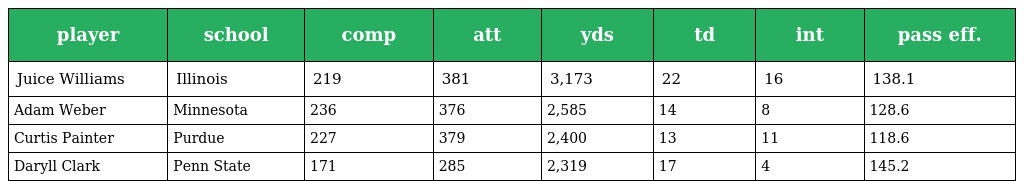
| player | school | comp | att | yds | td | int | pass eff. |
 | --- | --- | --- | --- | --- | --- | --- | --- |
 | Juice Williams | Illinois | 219 | 381 | 3,173 | 22 | 16 | 138.1 |
 | Adam Weber | Minnesota | 236 | 376 | 2,585 | 14 | 8 | 128.6 |
 | Curtis Painter | Purdue | 227 | 379 | 2,400 | 13 | 11 | 118.6 |
 | Daryll Clark | Penn State | 171 | 285 | 2,319 | 17 | 4 | 145.2 |